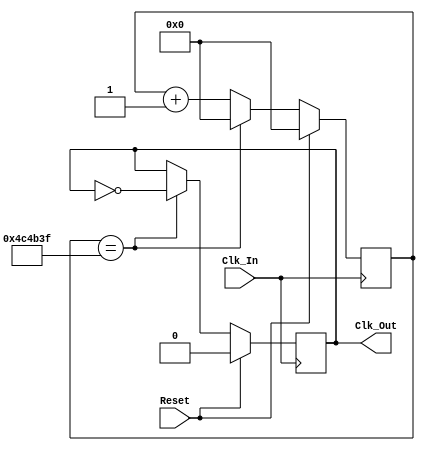
// Clock Converter
// This component divides the input clock frequency by spefice ratio. 
// (HALF_RATIO indicates half of the divided ratio).
// For example, the default value of parameter HALF_RATIO divides clock frequency from 10 MHz to 1 Hz.

module Clock_Divider #( parameter HALF_RATIO = 24'd5_000_000 )
   (  input wire Clk_In, Reset,
      output reg Clk_Out);
	  
    reg [23:0] Counter; 
	
	always @(posedge Clk_In)
	begin
	   if (Reset) 
	   begin
		  Counter <= 0;
		  Clk_Out <= 0;
           end 
	   else if (Counter == (HALF_RATIO - 1)) 
	        begin  		  
             Clk_Out <= ~Clk_Out;		
             Counter <= 0;
            end
       else 
            Counter <= Counter + 1;	   
       end 
endmodule